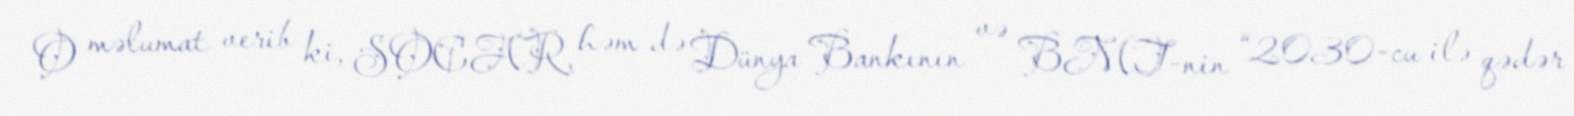
O məlumat verib ki, SOCAR, həm də Dünya Bankının və BMT-nin “2030-cu ilə qədər